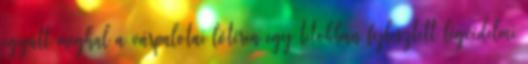
együtt meghal a várpalotai lőtéren egy titokban fejlesztett légvédelmi